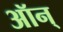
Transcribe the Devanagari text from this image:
ऑन्